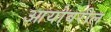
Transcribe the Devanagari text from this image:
आयोवरील